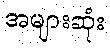
အများဆုံး